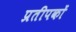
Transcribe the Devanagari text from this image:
प्रतीपकों